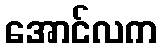
အောင်လက